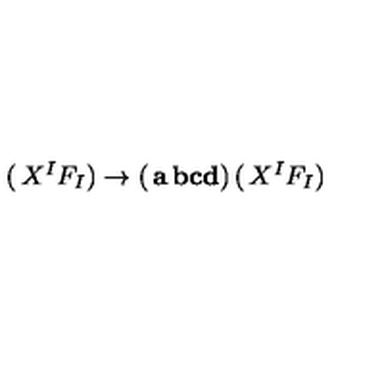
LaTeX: \left( \begin{matrix} { X ^ { I } } \\ { F _ { I } } \\ \end{matrix} \right) \rightarrow \left( \begin{matrix} { { \bf a } } & { { \bf b } } \\ { { \bf c } } & { { \bf d } } \\ \end{matrix} \right) \left( \begin{matrix} { X ^ { I } } \\ { F _ { I } } \\ \end{matrix} \right)